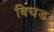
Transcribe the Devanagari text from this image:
बिघड